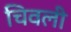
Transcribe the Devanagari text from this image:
चिवली